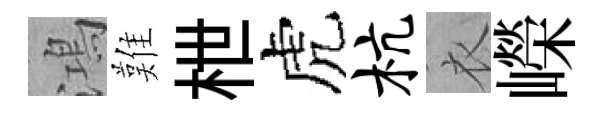
鴻難枻虎杭衣嶸